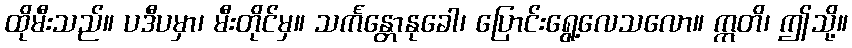
ထိုမီးသည်။ ပဒီပမှာ၊ မီးတိုင်မှ။ သင်္ကန္တောနုခေါ၊ ပြောင်းရွေ့လေသလော။ ဣတိ၊ ဤသို့။